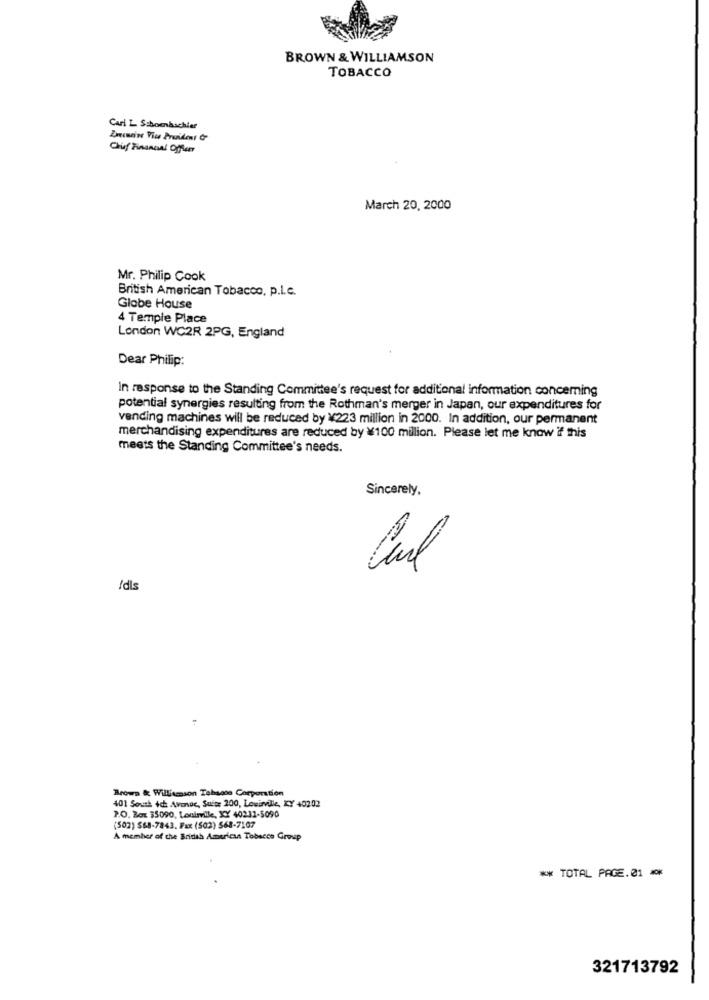
BROWN & WILLIAMSON
TOBACCO
Cari L Schoenaschier
Znemeine Vice President OF
Chief Financial Oficer
March 20, 2000
Mr. Philip Cook
British American Tobacco, p.I.c.
Globe House
4 Temple Place
London WC2R 2PG, England
Dear Philip:
In response to the Standing Committee's request for additional information concerning
potential synergies resulting from the Rothman's merger in Japan, our expenditures for
vending machines will be reduced by ¥223 million in 2000. In addition, our permanent
merchandising expenditures are reduced by ¥100 million. Please let me know if this
meets the Standing Committee's needs.
Sincerely,
Carl
/dls
Brown & Williamson Tebagte Corporation
401 South ich Avenue, Suite 200, Lowinville, KY 40202
P.O. Box 35090, Louisville, XY 40232-5090
(502) $68-7843. Fax (502) 568-7107
A member of the British American Tobacco Group
** TOTAL PAGE.01 ***
321713792